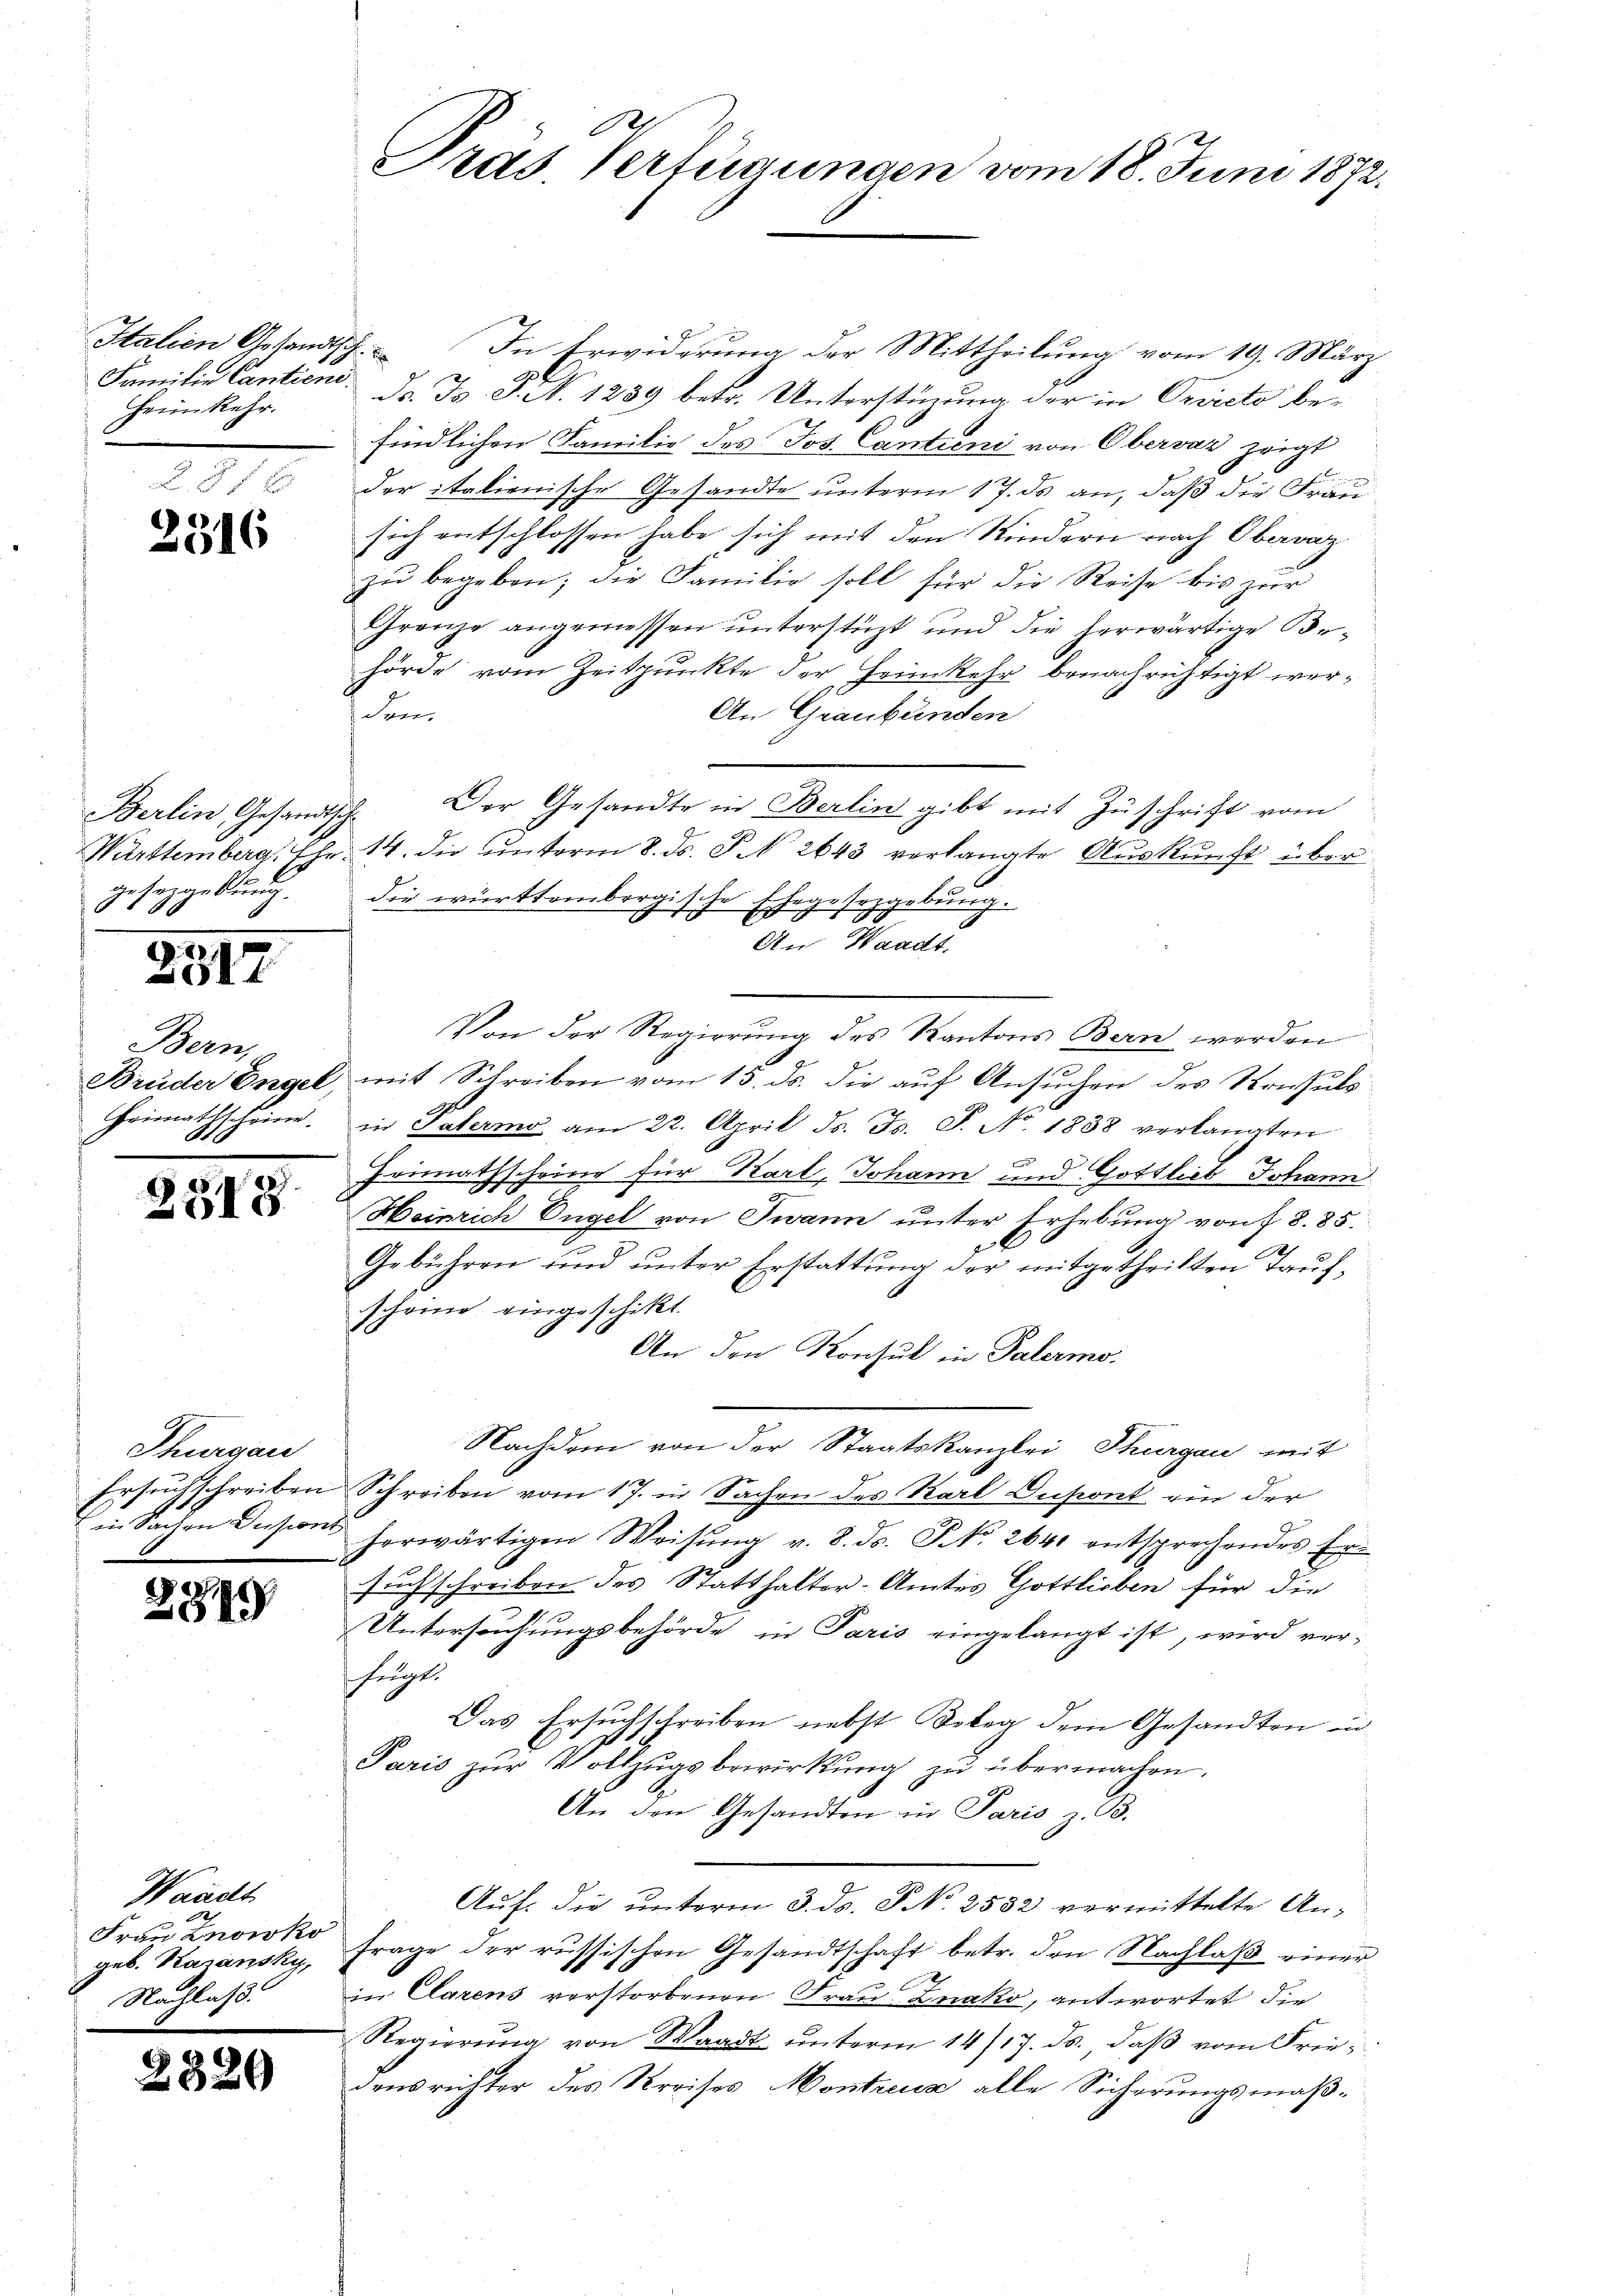
Italien Gesandtsch.
Heimkehr.

87 x
2316

gesetzgebung.
2517

Bern,
Heimathscheine

2515

Thurgau
Ersuchschreiben

2819

Waadt
Frau Znowko
geb. Kasansky,
Nachlaß:

.

.

20

Tras Verfügungen vom 18. Juni 1872.

In Erwiderung der Mittheilung vom 19. März
e
Familie Cantien d. Js. S. 24. 1289 betr. Unterstüzung der in Orvicto befindlichen Familie des Jos. Cantieni von Obervaz zeigt
der italienische Gesandte unterm 17. ds an, daß die Frau
sich entschlossen habe sich mit den Kindern nach Obervaz
zu begeben; die Familie soll für die Reise bis zur
Franze angemessen unterstüzt und die herwärtige Be-
hörde vom Zeitpunkte der Heimkehr benachrichtigt wer¬
An Graubünden
den.
Berlin, Gesandtsch. Der Gesandte in Berlin gibt mit Zuschrift vom
Württemberg, Fr. 14. die unterm 8. ds. § 2643 verlangte Auskunft über
die württembergisgsche Ehege Erzgebung.
An Waadt.
Von der Regierung des Kantons Bern werden
Brüder Engel mit Schreiben vom 15. ds. die auf Ansuchen des Konsuls
s
in Patermo am 22. April ds. Fs. S. No. 1838 verlangten
A
E
Primathscheine für Karl, Johann und Gottlieb Johann
Heinrich Engel von Twann unter Erhebung von § 8. 85.
f
Gebühren und unter Erstattung der mitgetheilten Taufscheine eingeschikt.
An den Konsul in Palermo-
Nachdem von der Staatskanzlei Thurgau mit
Schreiben vom 17. in Sachen des Karl Dupont ein der
in Sachen Casions herwärtigen Weisŭng v. 8. ds. S. 2640 entsprechendes Er-
suchschreiben des Statthalter-Amtes Gottlieben für die
Untersuchungsbehörde in Paris eingelangt ist, wird verfegt.
Das Ersuchschreiben nebst Kober dem Gesandten in
Paris zŭr Vollzŭgsbewirkŭng zŭ übermachen.
An den Gesandten in Paris z. B.
Auf die unterm 3. ds. S. No. 2532 vermittelte An¬
Frage der russischen Gesandtschaft betr. den Nachlaß einer
in Clarens verstorbenen Frau Znako, antwortet die
Regierung von Waadt unterm 14/17. ds. daß vom Friedensrichter des Kreises Montreux alle Sicherungsmäß¬